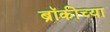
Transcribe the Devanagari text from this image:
ब्रॉकीच्या